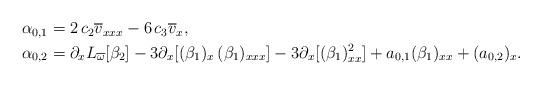
LaTeX: \begin{align*}\begin{aligned}&\alpha_{0, 1}=2\,c_2 \overline{v}_{xxx}-6\,c_3 \overline{v}_x,\\&\alpha_{0, 2}=\partial_x L_{\overline{\omega}}[\beta_2]-3 \partial_x [(\beta_1)_x \,(\beta_1)_{xxx}]-3 \partial_x [(\beta_1)_{xx}^2]+a_{0, 1} (\beta_1)_{xx}+(a_{0, 2})_x.\end{aligned}\end{align*}